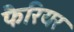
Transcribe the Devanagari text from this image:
फैरियर